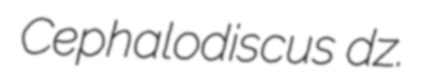
Cephalodiscus dz.